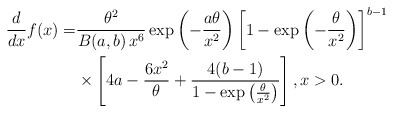
\begin{align*}\frac{d}{dx}f(x) =&\frac{\theta^{2}}{B(a,b)\,x^6}\exp\left(-\frac{a\theta}{x^2}\right)\left[1-\exp\left(-\frac{\theta}{x^2}\right)\right]^{b-1}\\&\times\left[4a-\frac{6x^2}{\theta}+\frac{4(b-1)}{1-\exp\left(\frac{\theta}{x^2}\right)}\right],x>0.\end{align*}